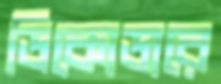
ডিকোডারে